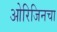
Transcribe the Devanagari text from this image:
ओरिजिनचा